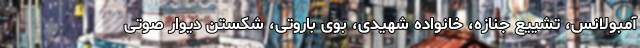
آمبولانس، تشییع جنازه‌، خانواده شهیدی، بوی باروتی، شکستن دیوار صوتی